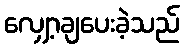
လျှော့ချပေးခဲ့သည်